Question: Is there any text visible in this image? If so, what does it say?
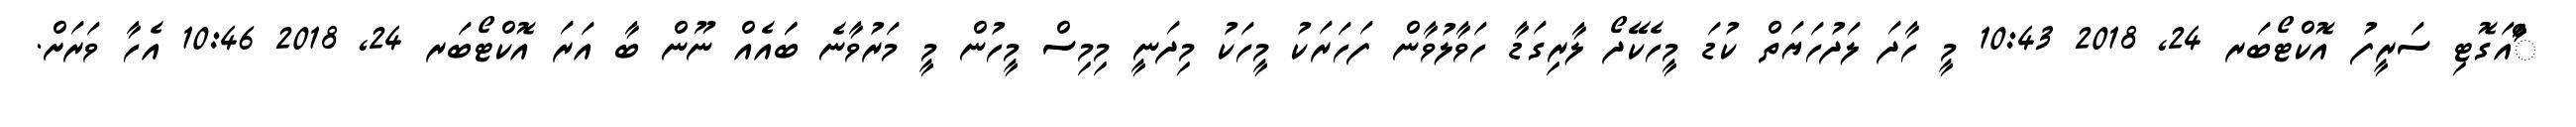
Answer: ާަަާްއަގޮޓި ސަރީފު އޮކްޓޯބަރ 24, 2018 10:43 މީ ހާދަ ލަދުހަޔަތް ކުޑަ މީހެކޭދޯ ލާރިގަޑާ ހަވާލުވާން ފަހަރަކު މީހަކު މިދަނީ މިމިސް މީހުން މީ މަރުވާނެ ބަައެއް ނޫން ބާ އަރަ އޮކްޓޯބަރ 24, 2018 10:46 އެހާ ވަރަށް.